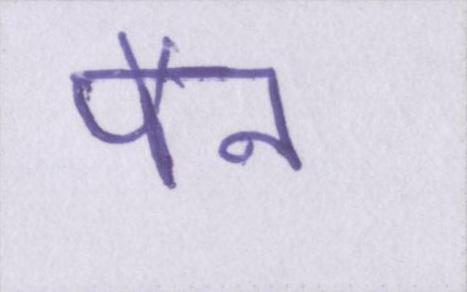
पैन